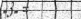
٣